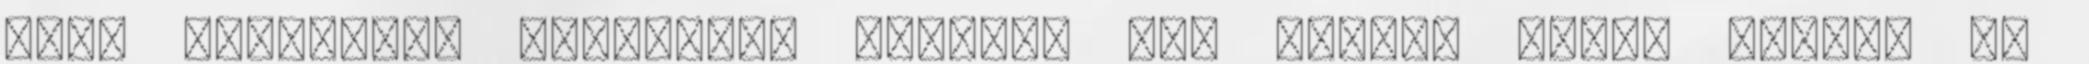
üres gondolom, egyelőre, elvégre nem hoztad volna létre, ha